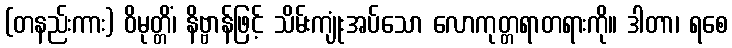
(တနည်းကား) ဝိမုတ္တိံ၊ နိဗ္ဗာန်ဖြင့် သိမ်းကျုံးအပ်သော လောကုတ္တရာတရားကို။ ဒါတာ၊ ရစေ